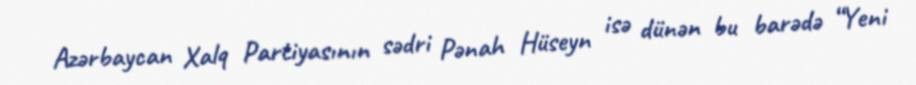
Azərbaycan Xalq Partiyasının sədri Pənah Hüseyn isə dünən bu barədə “Yeni